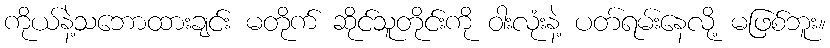
ကိုယ်နဲ့သဘောထားချင်း မတိုက် ဆိုင်သူတိုင်းကို ဝါးလုံးနဲ့ ပတ်ရမ်းနေလို့ မဖြစ်ဘူး။